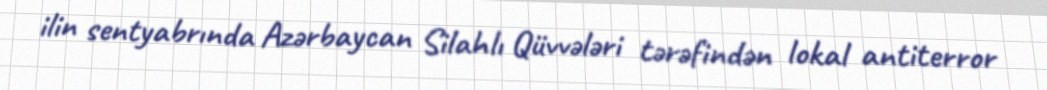
ilin sentyabrında Azərbaycan Silahlı Qüvvələri tərəfindən lokal antiterror